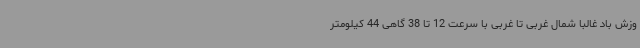
وزش باد غالباً شمال غربی تا غربی با سرعت 12 تا 38 گاهی 44 کیلومتر